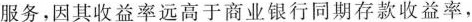
服务，因其收益率远高于商业银行同期存款收益率，